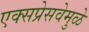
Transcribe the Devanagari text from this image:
एक्सप्रेसवेमुळे